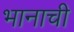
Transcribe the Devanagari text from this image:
भानाची